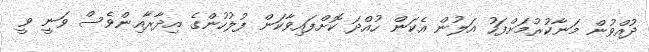
ދުއްވުން މަނާކުރުމަށްފަހު އަލުން އެކަން ހުއްދަ ކޮށްފައިވާކަން ފުލުހުންގެ އިދާރާއިންވެސް ވަނީ ވީ